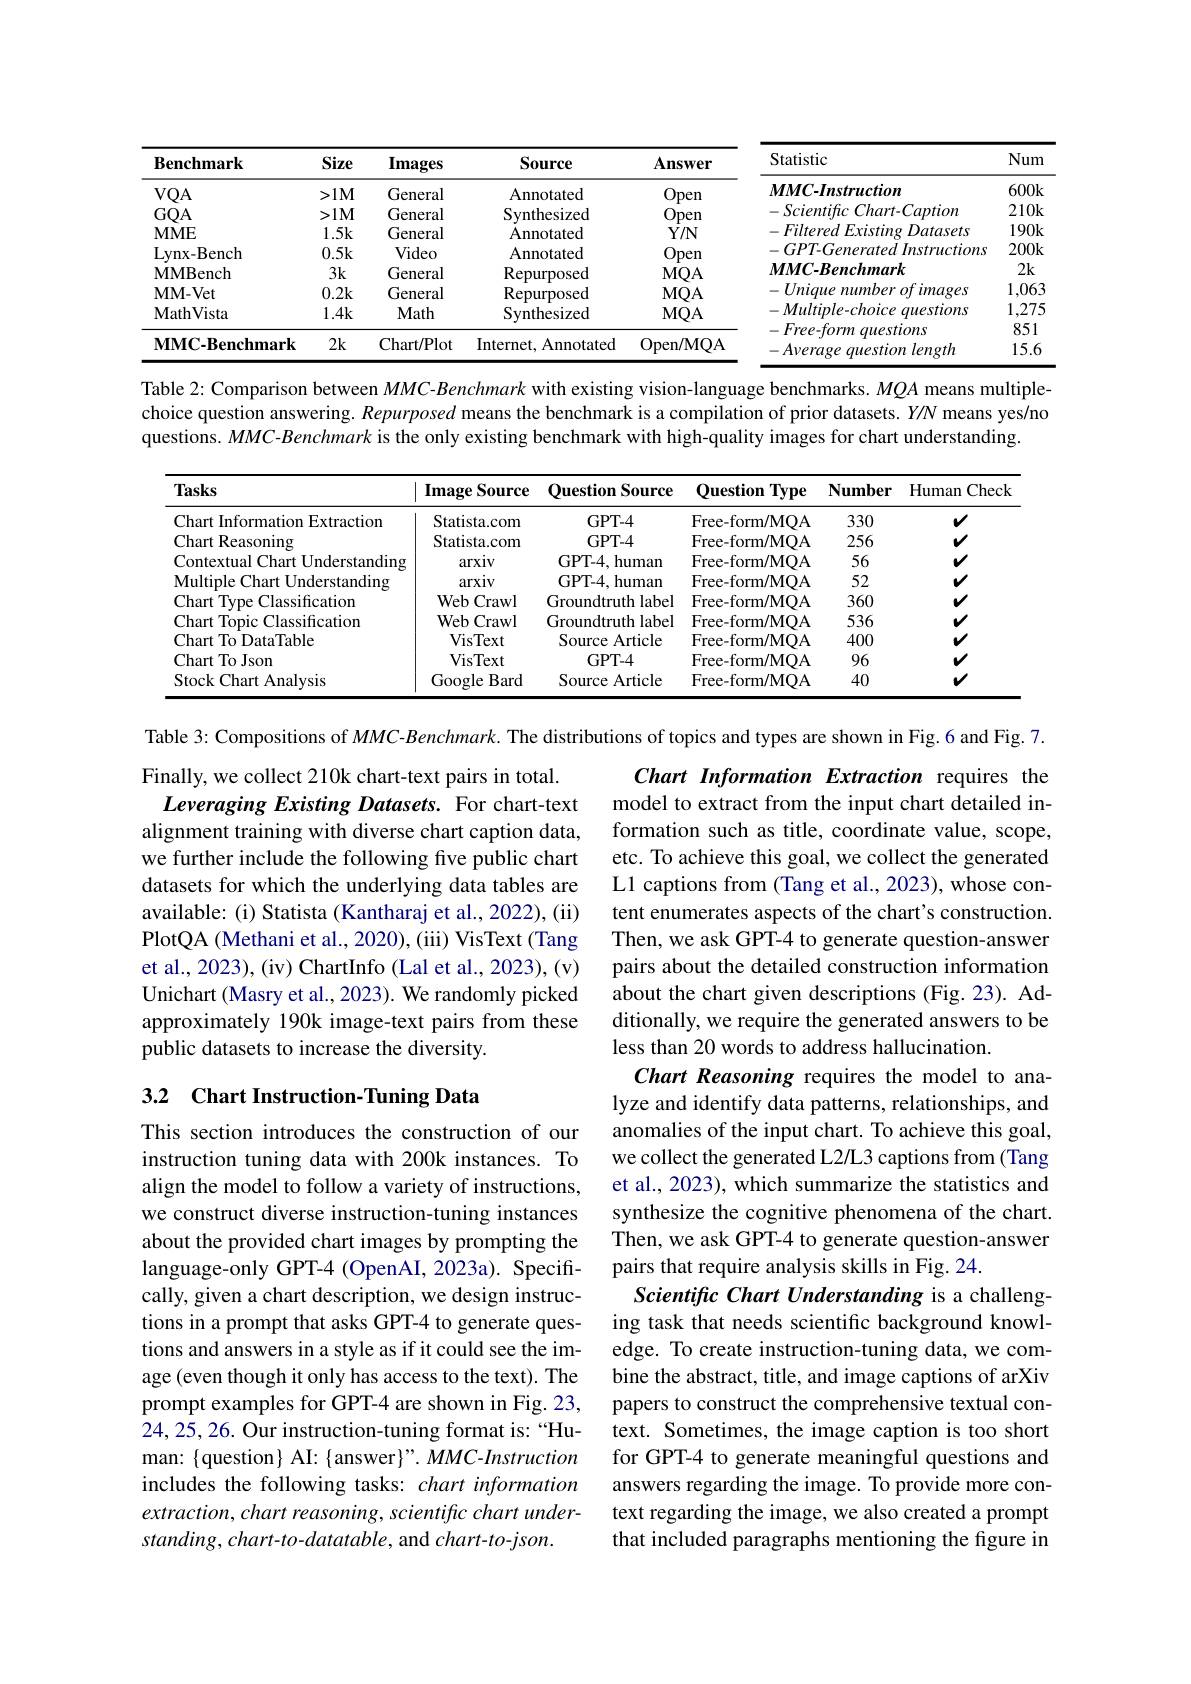
<table>
	<tbody>
		<tr>
			<th>$\mathbf{Benchmark}$</th>
			<th>Size</th>
			<th>Images</th>
			<th>Source</th>
			<th>$\mathbf{Answer}$</th>
		</tr>
		<tr>
			<td>$VQA$</td>
			<td>$1M$ >1</td>
			<td>General</td>
			<td>Annotated</td>
			<td>Open</td>
		</tr>
		<tr>
			<td>$GQA$</td>
			<td>$1M$ >1</td>
			<td>General</td>
			<td>Svnthesized</td>
			<td>Open</td>
		</tr>
		<tr>
			<td>$MME$</td>
			<td>1.5k</td>
			<td>General</td>
			<td>Annotated</td>
			<td>$Y/N$</td>
		</tr>
		<tr>
			<td>Lvnx- Bench</td>
			<td>0.5k</td>
			<td>Video</td>
			<td>Annotated</td>
			<td>Open</td>
		</tr>
		<tr>
			<td>MMBench</td>
			<td>$3k$</td>
			<td>General</td>
			<td>Repurposed</td>
			<td>$\mathbf{MOA}$</td>
		</tr>
		<tr>
			<td>$\mathbf{MM-Vet}$</td>
			<td>0.2k</td>
			<td>General</td>
			<td>Repurposed</td>
			<td>$MOA$</td>
		</tr>
		<tr>
			<td>$\mathbf{MathVista}$</td>
			<td>1.4k</td>
			<td>Math</td>
			<td>Synthesized</td>
			<td>$MQA$</td>
		</tr>
		<tr>
			<td>MMC-Benchmark</td>
			<td>2k</td>
			<td>Chart/ Plot</td>
			<td>Internet, Annotated</td>
			<td>Open/ MQA</td>
		</tr>
	</tbody>
</table>
<table>
	<tbody>
		<tr>
			<th>Statistic</th>
			<th>Num</th>
		</tr>
		<tr>
			<td>$MMC-Instruction$</td>
			<td>$600k$</td>
		</tr>
		<tr>
			<td>$- Scientific$ $Chart- Caption$</td>
			<td>$210k$</td>
		</tr>
		<tr>
			<td>$-FilteredExisting$ Datasets</td>
			<td>$190k$</td>
		</tr>
		<tr>
			<td>$-GPT-Generated~Instructions$</td>
			<td>$200k$</td>
		</tr>
		<tr>
			<td>$MMC-Benchmark$</td>
			<td>2k</td>
		</tr>
		<tr>
			<td>$- Unique\textit{ number of images}$</td>
			<td>1,063 </td>
		</tr>
		<tr>
			<td>$-Multiple-choicequestions$</td>
			<td>1,275</td>
		</tr>
		<tr>
			<td>$-Free-formquestions$</td>
			<td>851</td>
		</tr>
		<tr>
			<td>$- Average\textit{question length}$</td>
			<td>15.6 1</td>
		</tr>
	</tbody>
</table>

Table 2: Comparison between $MMC-Benchmark$ with existing vision-language benchmarks. $MQA$ means multiplechoice question answering. Repurposed means the benchmark is a compilation of prior datasets. $YN$ means yes/no questions. $MMC-Benchmark$ is the only existing benchmark with high-quality images for chart understanding.

<table>
	<tbody>
		<tr>
			<th>Tasks</th>
			<th>Image ${\mathbf{Source}}$</th>
			<th>Question Source</th>
			<th>Question Type</th>
			<th>Number</th>
			<th>Human Check</th>
		</tr>
		<tr>
			<td>Chart Information Extraction</td>
			<td>Statista.com</td>
			<td>$GPT-4$</td>
			<td>Free-form/MQA</td>
			<td>330</td>
			<td>$v$</td>
		</tr>
		<tr>
			<td>Chart Reasoning</td>
			<td>Statista.com</td>
			<td>GPT-4</td>
			<td>Free-form/MOA</td>
			<td>256</td>
			<td>$\psi$</td>
		</tr>
		<tr>
			<td>Contextual Chart Understanding</td>
			<td>arxiv</td>
			<td>GPT- 4, human</td>
			<td>Free-form/MOA</td>
			<td>56</td>
			<td>$\psi$</td>
		</tr>
		<tr>
			<td>Multiple Chart Understanding</td>
			<td>arxiv</td>
			<td>GPT- 4, human</td>
			<td>Free-form/MOA</td>
			<td>52</td>
			<td>$V$</td>
		</tr>
		<tr>
			<td>Chart Tvpe ${\mathrm{e~Classification}}$</td>
			<td>$Web($ Crawl 、</td>
			<td>Groundtruth label</td>
			<td>Free- form/ MOA</td>
			<td>360</td>
			<td>$\psi$</td>
		</tr>
		<tr>
			<td>Chart Topic Classification</td>
			<td>$Web($ Crawl 1</td>
			<td>Groundtruth label</td>
			<td>Free- form/ MOA</td>
			<td>536</td>
			<td>$w$</td>
		</tr>
		<tr>
			<td>Chart To DataTable</td>
			<td>VisText</td>
			<td>Source Article</td>
			<td>Free- form/ MOA</td>
			<td>400</td>
			<td>$V$</td>
		</tr>
		<tr>
			<td>Chart To Json</td>
			<td>VisText</td>
			<td>GPT-4</td>
			<td>Free-form/MOA</td>
			<td>96</td>
			<td>$V$</td>
		</tr>
		<tr>
			<td>Stock Chart Analysis</td>
			<td>Google :Bard</td>
			<td>Source Article</td>
			<td>Free-form/MOA</td>
			<td>40</td>
			<td>$V$</td>
		</tr>
	</tbody>
</table>

Finally, we collect 210k chart-text pairs in total.
Leveraging Existing Datasets. For chart-text alignment training with diverse chart caption data, we further include the following five public chart datasets for which the underlying data tables are available: (i) Statista (Kantharaj et al., 2022), (ii) PlotQA (Methani et al., 2020), (iii) VisText (Tang et al., 2023), (iv) ChartInfo (Lal et al., 2023), (v) Unichart (Masry et al., 2023). We randomly picked approximately 190k image-text pairs from these public datasets to increase the diversity.

## 3.2 Chart Instruction-Tuning Data

Table 3: Compositions of $MMC-Benchmark.$ The distributions of topics and types are shown in Fig. 6 and Fig. 7.
Chart Information Extraction requires the model to extract from the input chart detailed information such as title, coordinate value, scope, etc. To achieve this goal, we collect the generated L1 captions from (Tang et al., 2023), whose content enumerates aspects of the chart's construction. Then, we ask GPT-4 to generate question-answer pairs about the detailed construction information about the chart given descriptions (Fig. 23). Additionally, we require the generated answers to be less than 20 words to address hallucination.
Chart Reasoning requires the model to analyze and identify data patterns, relationships, and anomalies of the input chart. To achieve this goal, we collect the generated L2/L3 captions from (Tang et al., 2023), which summarize the statistics and synthesize the cognitive phenomena of the chart. Then, we ask GPT-4 to generate question-answer pairs that require analysis skills in Fig. 24.
Scientific Chart Understanding is a challenging task that needs scientific background knowledge. To create instruction-tuning data, we combine the abstract, title, and image captions of arXiv papers to construct the comprehensive textual context. Sometimes, the image caption is too short for GPT-4 to generate meaningful questions and answers regarding the image. To provide more context regarding the image, we also created a prompt that included paragraphs mentioning the figure in

This section introduces the construction of our instruction tuning data with 200k instances. To align the model to follow a variety of instructions, we construct diverse instruction-tuning instances about the provided chart images by prompting the language-only GPT-4 (OpenAI, 2023a). Specifically, given a chart description, we design instructions in a prompt that asks GPT-4 to generate questions and answers in a style as if it could see the image (even though it only has access to the text). The prompt examples for GPT-4 are shown in Fig. 23, 24,25,26. Our instruction-tuning format is:“Human: { question} AI: { answer}". MMC-Instruction includes the following tasks: chart information $extraction,chart$ reasoning, scientific chart understanding, chart- to- datatable, and $chart-to-json.$